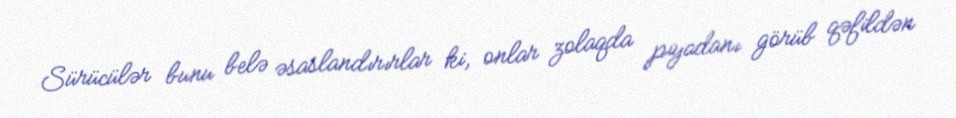
Sürücülər bunu belə əsaslandırırlar ki, onlar zolaqda piyadanı görüb qəfildən